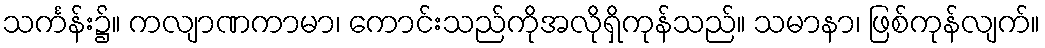
သင်္ကန်း၌။ ကလျာဏကာမာ၊ ကောင်းသည်ကိုအလိုရှိကုန်သည်။ သမာနာ၊ ဖြစ်ကုန်လျက်။